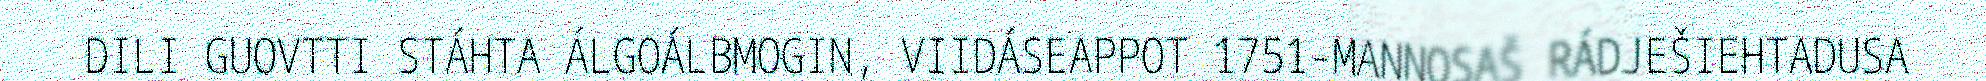
DILI GUOVTTI STÁHTA ÁLGOÁLBMOGIN, VIIDÁSEAPPOT 1751-MANNOSAŠ RÁDJEŠIEHTADUSA